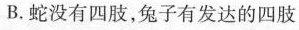
B.蛇没有四肢，兔子有发达的四肢